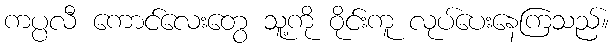
ကပ္ပလီ ကောင်လေးတွေ သူ့ကို ဝိုင်းကူ လုပ်ပေးနေကြသည်။